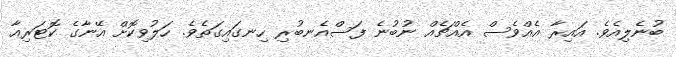
ބުނެލިއެވެ. އައިރާ އެއްވެސް އެއްޗެއް ނުބުނެ ފަސްއެނބުރި ހިނގައިގަތެވެ. ހަލުވިކޮށް އޭނާގެ ކޮޓަރިއާ